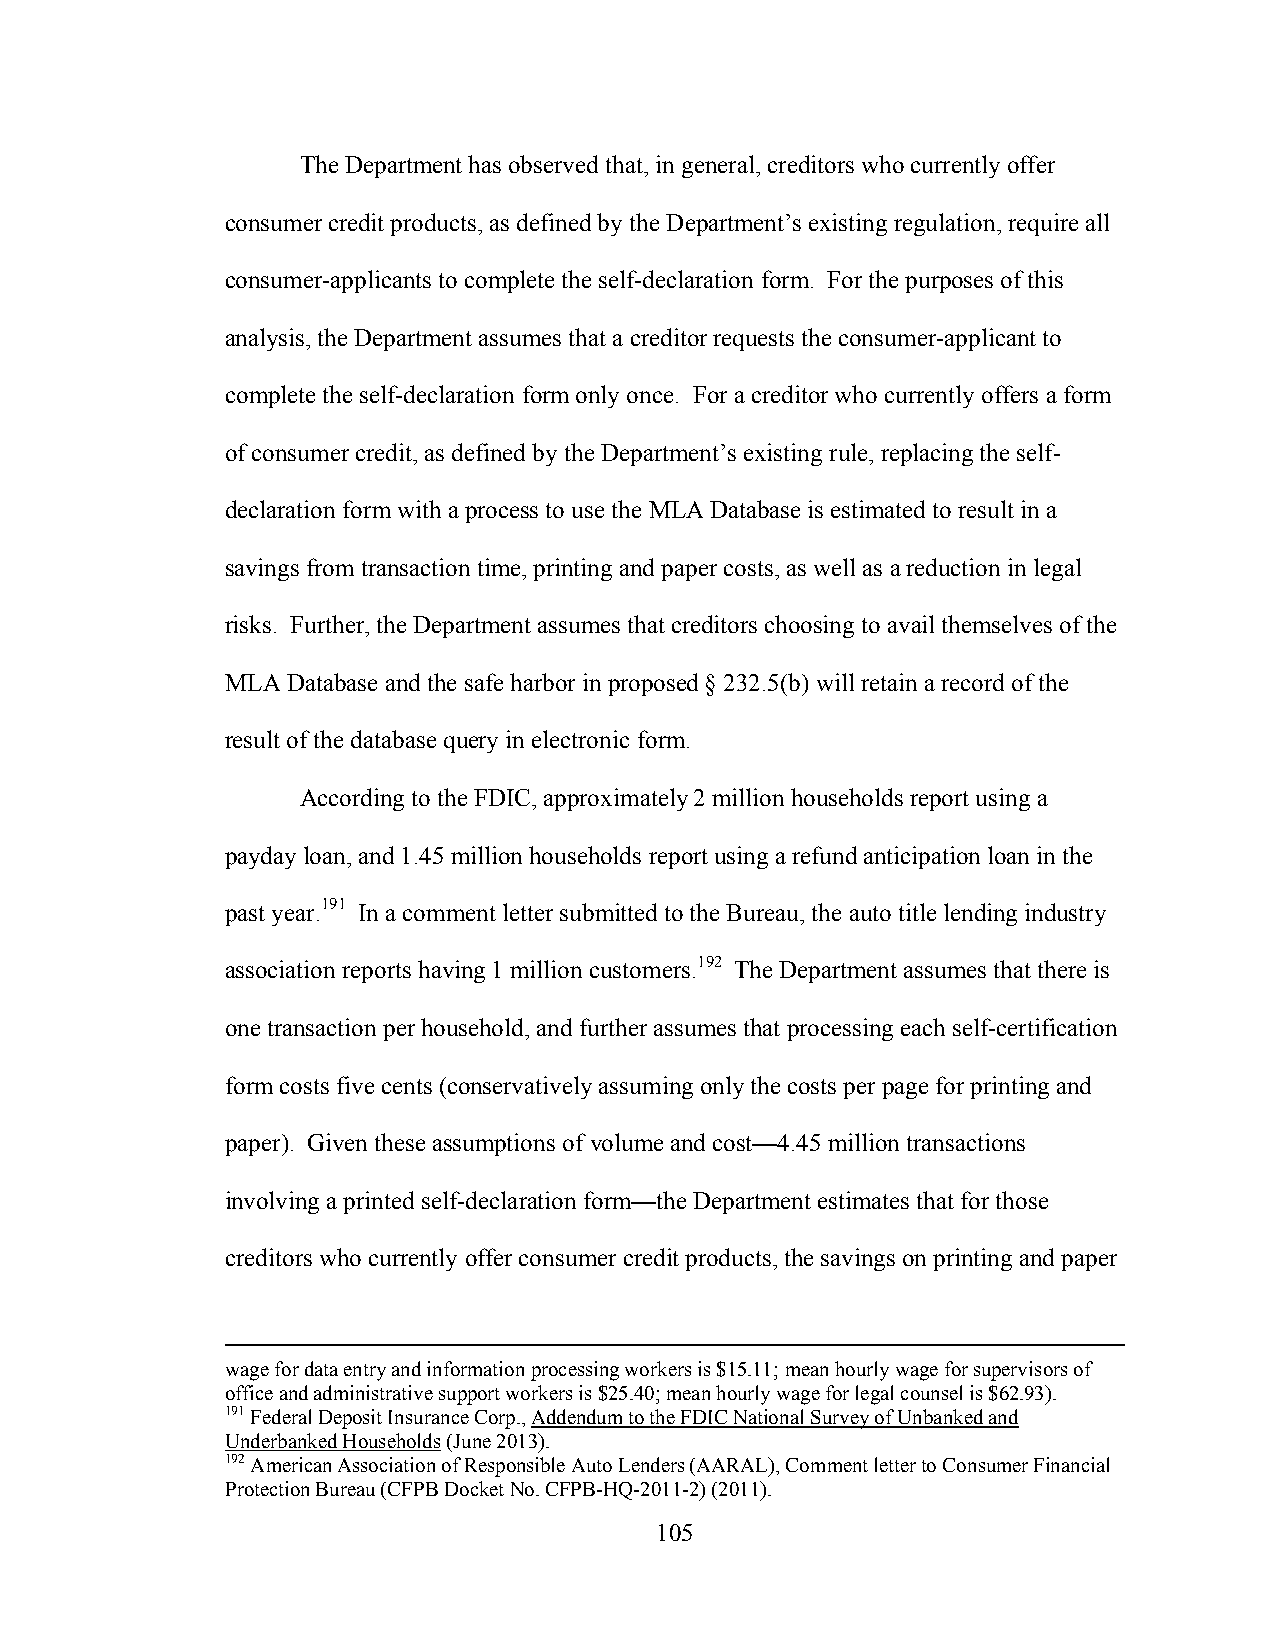
The Department has observed that, in general, creditors who currently offer
 consumer credit products, as defined by the Department’s existing regulation, require all
 consumer-applicants to complete the self-declaration form. For the purposes of this
 analysis, the Department assumes that a creditor requests the consumer-applicant to
 complete the self-declaration form only once. For a creditor who currently offers a form
 of consumer credit, as defined by the Department’s existing rule, replacing the self-
 declaration form with a process to use the MLA Database is estimated to result in a
 savings from transaction time, printing and paper costs, as well as a reduction in legal
 risks. Further, the Department assumes that creditors choosing to avail themselves of the
 MLA Database and the safe harbor in proposed § 232.5(b) will retain a record of the
 result of the database query in electronic form.
 According to the FDIC, approximately 2 million households report using a
 payday loan, and 1.45 million households report using a refund anticipation loan in the
 past year.191 In a comment letter submitted to the Bureau, the auto title lending industry
 association reports having 1 million customers.192 The Department assumes that there is
 one transaction per household, and further assumes that processing each self-certification
 form costs five cents (conservatively assuming only the costs per page for printing and
 paper). Given these assumptions of volume and cost—4.45 million transactions
 involving a printed self-declaration form—the Department estimates that for those
 creditors who currently offer consumer credit products, the savings on printing and paper
 wage for data entry and information processing workers is $15.11; mean hourly wage for supervisors of
 office and administrative support workers is $25.40; mean hourly wage for legal counsel is $62.93).
 191 Federal Deposit Insurance Corp., Addendum to the FDIC National Survey of Unbanked and
 Underbanked Households (June 2013).
 192 American Association of Responsible Auto Lenders (AARAL), Comment letter to Consumer Financial
 Protection Bureau (CFPB Docket No. CFPB-HQ-2011-2) (2011).
 105